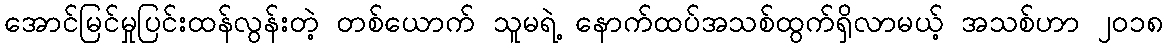
အောင်မြင်မှုပြင်းထန်လွန်းတဲ့ တစ်ယောက် သူမရဲ့ နောက်ထပ်အသစ်ထွက်ရှိလာမယ့် အသစ်ဟာ ၂၀၁၈